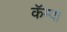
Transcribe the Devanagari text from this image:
कॅम्पा